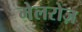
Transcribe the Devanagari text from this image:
मेलरोज़